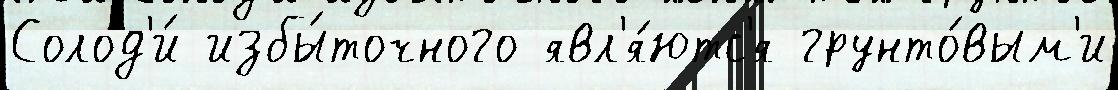
Солод'и́ избы́точного явл'я́ютс'я грунто́вым'и